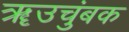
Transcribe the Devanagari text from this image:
ॠउचुंबक